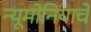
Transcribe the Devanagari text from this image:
न्यूमोनियाचे